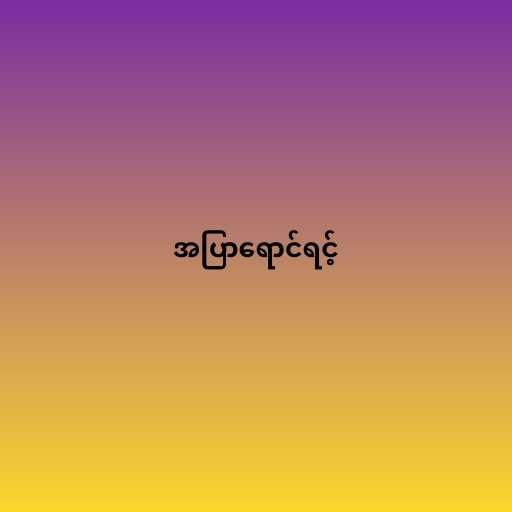
အပြာရောင်ရင့်